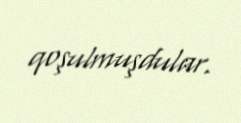
qoşulmuşdular.